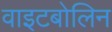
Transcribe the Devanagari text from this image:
वाइटबोलिन